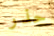
حذر